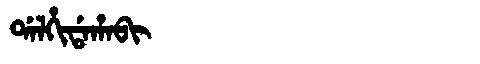
Manchu: ᡩᠠᠯᡥᡳᡩᠠᡥᠠᠪᡳ
Romanization: DALHIDAHABI